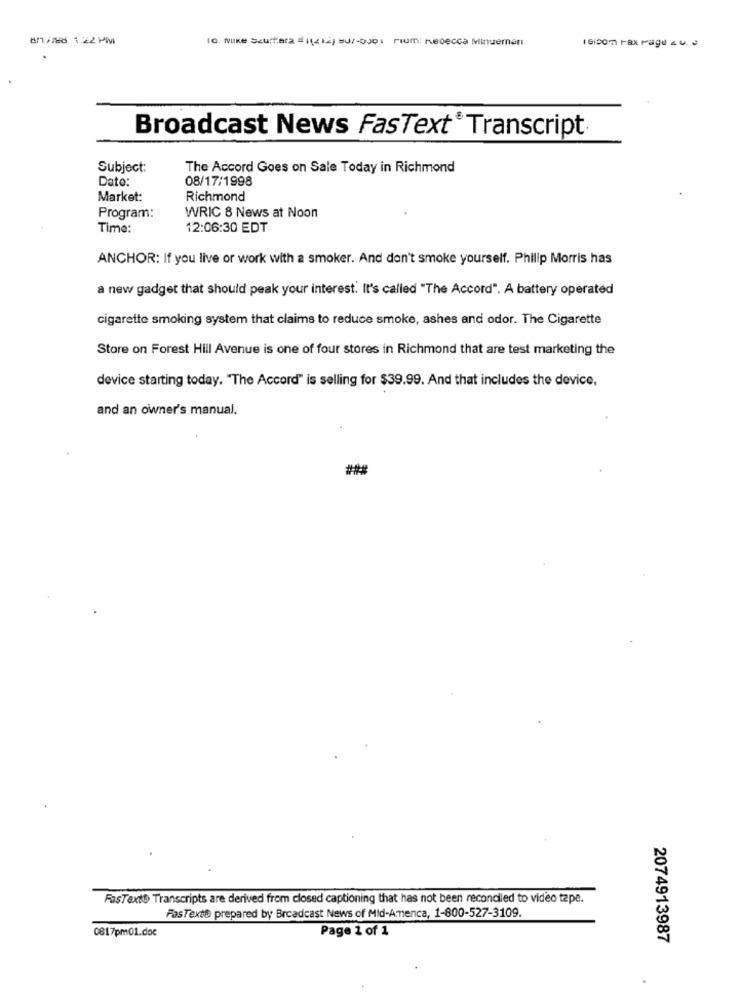
8/ /8 1.22PM
Broadcast News FasText®Transcript
Subject:
The Accord Goes on Sale Today in Richmond
Dato:
08/17/1998
Market:
Richmond
WRIC 8 News at Noon
Program:
Time:
12:06:30 EDT
ANCHOR: If you live or work with a smoker. And don't smoke yourself. Philip Morris has
a new gadget that should peak your interest. It's called "The Accord". A battery operated
cigarette smoking system that claims to reduce smoke, ashes and odor. The Cigarette
Store on Forest Hill Avenue is one of four stores in Richmond that are test marketing the
device starting today. "The Accord" is selling for $39.99. And that includes the device,
and an owner's manual.
FasTexte Transcripts are derived from closed captioning that has not been reconciled to video tape.
FasTextů prepared by Broadcast News of Mid-Amenca, 1-800-527-3109.
0817pm01.doc
Page 1 of 1
2074913987